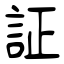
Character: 証